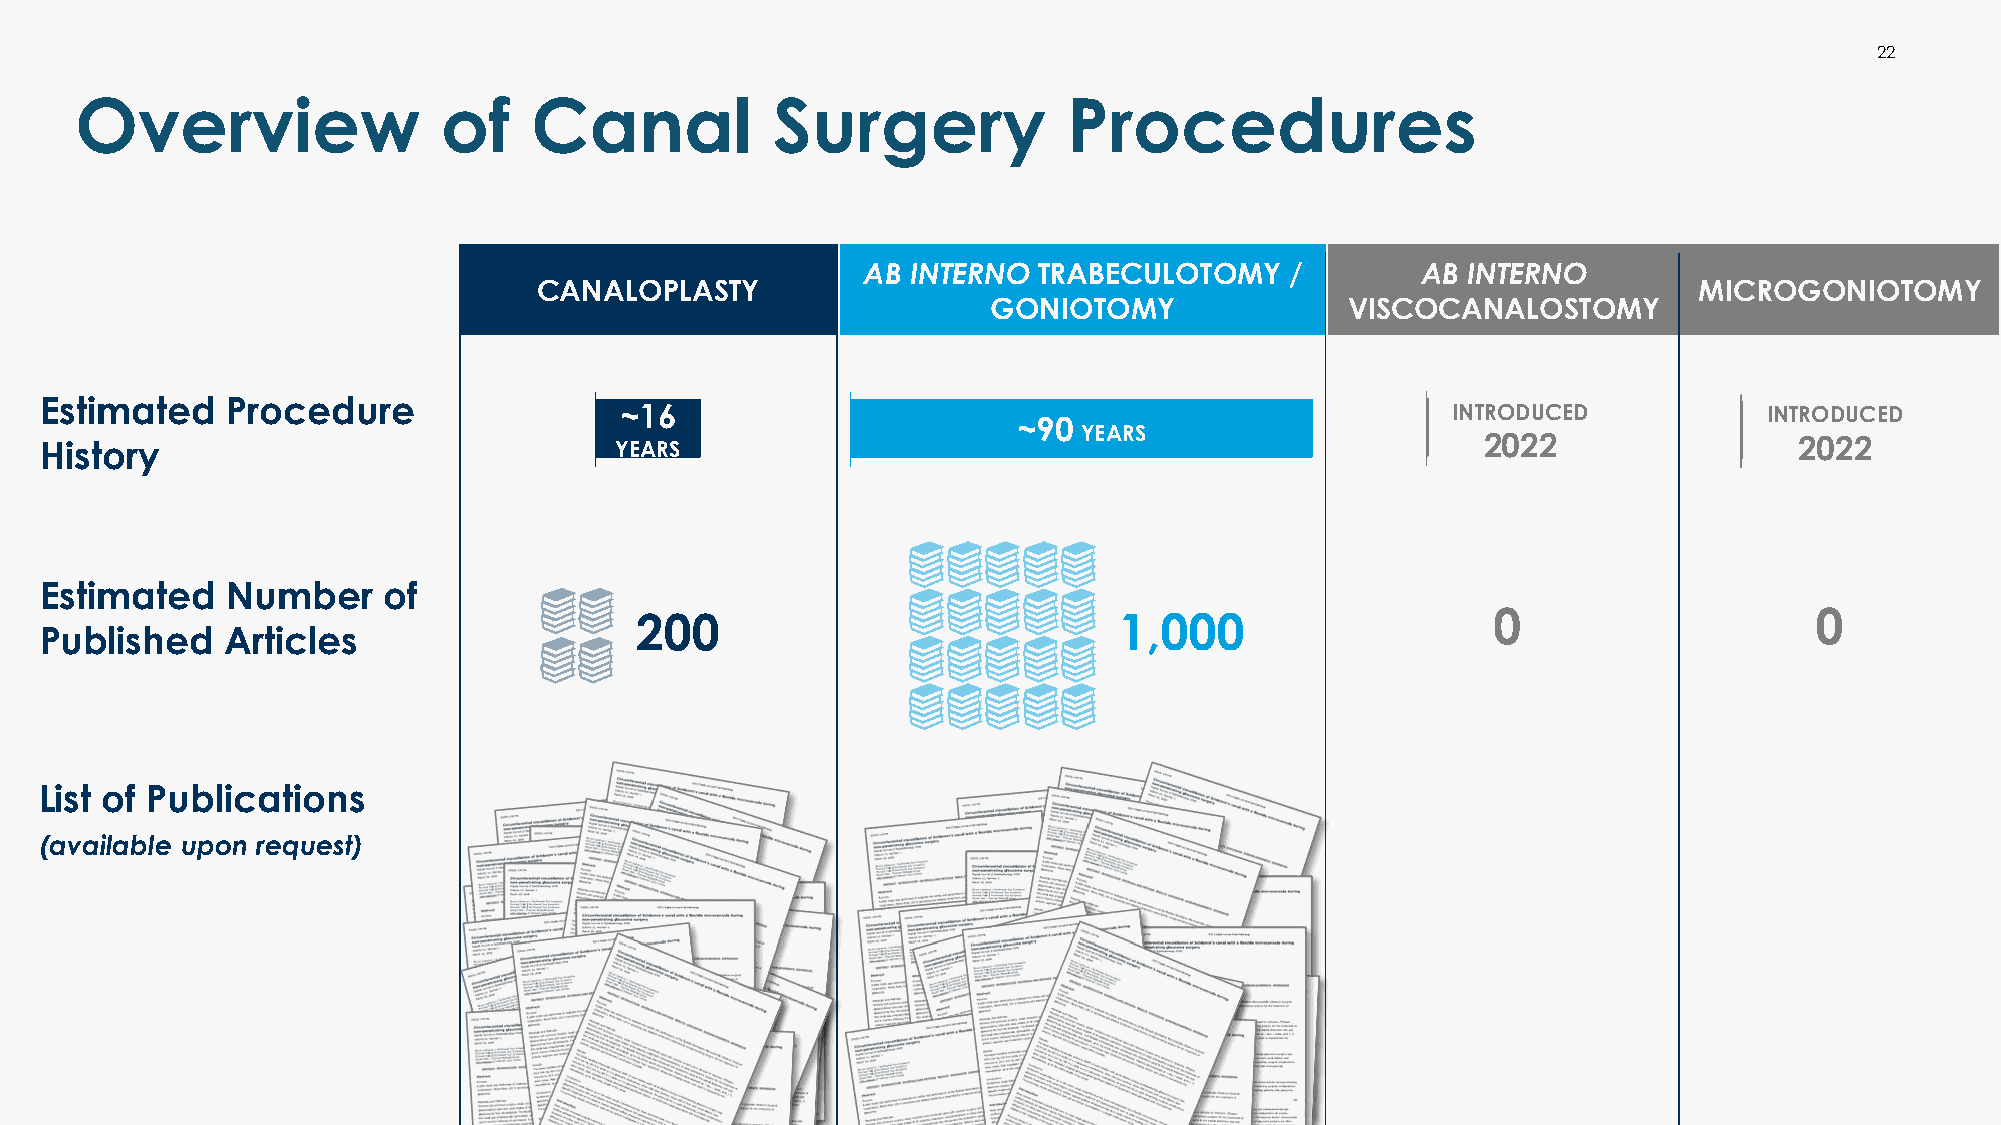
22
 22
 Overview                of    Canal           Surgery             Procedures
 AB INTERNO  TRABECULOTOMY   /        AB INTERNO
 CANALOPLASTY                                                                MICROGONIOTOMY
 GONIOTOMY              VISCOCANALOSTOMY
 Estimated   Procedure
 ~16                                                    INTRODUCED           INTRODUCED
 ~90
 YEARS
 History                               YEARS                                                    2022                 2022
 Estimated   Number    of
 200                             1,000                    0                    0
 Published   Articles
 List of Publications
 (available upon request)